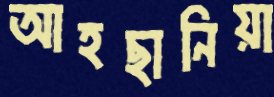
আহছানিয়া